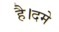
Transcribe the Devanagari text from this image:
है।दमे